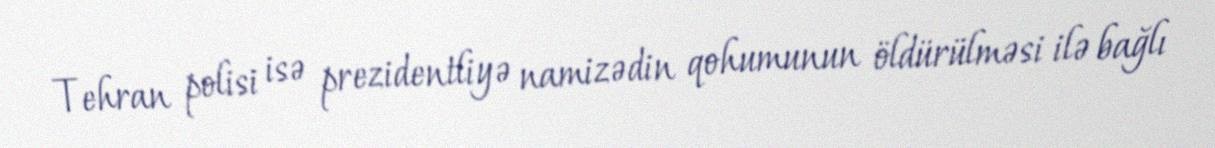
Tehran polisi isə prezidentliyə namizədin qohumunun öldürülməsi ilə bağlı